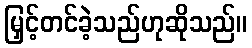
မြှင့်တင်ခဲ့သည်ဟုဆိုသည်။